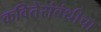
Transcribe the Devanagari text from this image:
कवितेसंबंधीचा